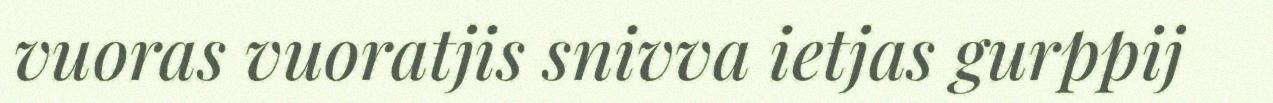
vuoras vuoratjis snivva ietjas gurppij